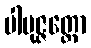
ပါမုဇ္ဇတ္ထော